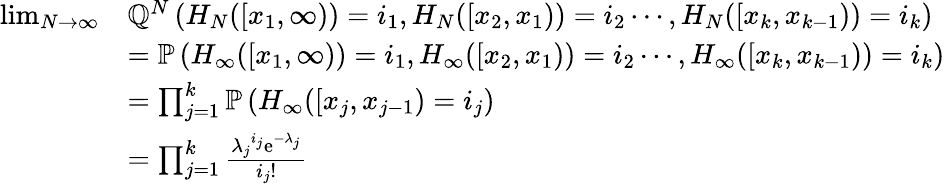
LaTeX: \begin{array}{rl}{\operatorname*{lim}_{N\to\infty}}&{{\mathbb Q}^{N}\left(H_{N}([x_{1},\infty))=i_{1},H_{N}([x_{2},x_{1}))=i_{2}\cdots,H_{N}([x_{k},x_{k-1}))=i_{k}\right)}\\ &{={\mathbb P}\left(H_{\infty}([x_{1},\infty))=i_{1},H_{\infty}([x_{2},x_{1}))=i_{2}\cdots,H_{\infty}([x_{k},x_{k-1}))=i_{k}\right)}\\ &{=\prod_{j=1}^{k}{\mathbb P}\left(H_{\infty}([x_{j},x_{j-1})=i_{j}\right)}\\ &{=\prod_{j=1}^{k}\frac{{\lambda_{j}}^{i_{j}}\mathrm{e}^{-\lambda_{j}}}{i_{j}!}}\end{array}